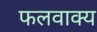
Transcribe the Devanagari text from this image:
फलवाक्य